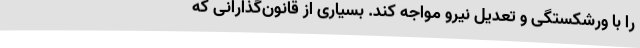
را با ورشکستگی و تعدیل نیرو مواجه کند. بسیاری از قانون‌گذارانی که